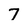
Character: 7